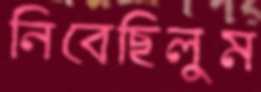
নিবেছিলুম